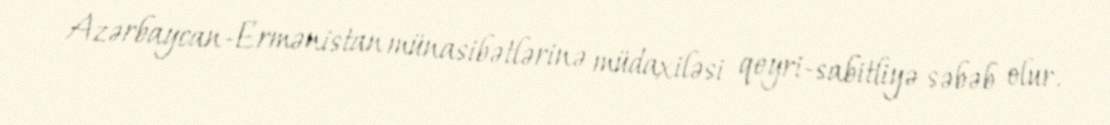
Azərbaycan-Ermənistan münasibətlərinə müdaxiləsi qeyri-sabitliyə səbəb olur.